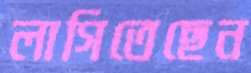
লাগিতেছেন